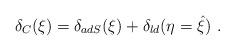
LaTeX: \begin{align*}\delta_C(\xi)=\delta_{adS}(\xi) +\delta_{ld}(\eta=\hat \xi)\ .\end{align*}